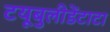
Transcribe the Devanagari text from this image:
टयूबुलीडेंटाटा